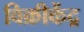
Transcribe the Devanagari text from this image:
विक्रीकेंद्र